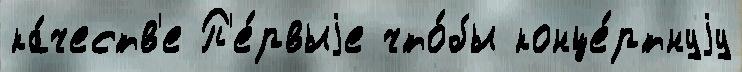
ка́честв'е П'е́рвыjе что́бы конце́ртнуjу